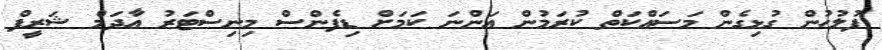
ފުލުހުން ގުޅިގެން މަސައްކަތް ކުރަމުން އަންނަ ކަމަށް ޑިފެންސް މިނިސްޓަރު އާދަމް ޝަރީފް